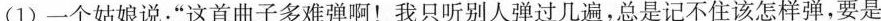
(1)一个姑娘说：”这首曲子多难弹啊！我只听别人弹过几遍，总是记不住该怎样弹，要是